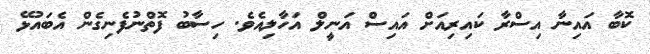
ކޮބާ އައިނާ އިސްރާ ކައިރިއަށް އައިސް އަނީލް އަހާލިއެވެ. ހިސާބު ފޮތްނުފެނިގެން އެބައުޅޭ